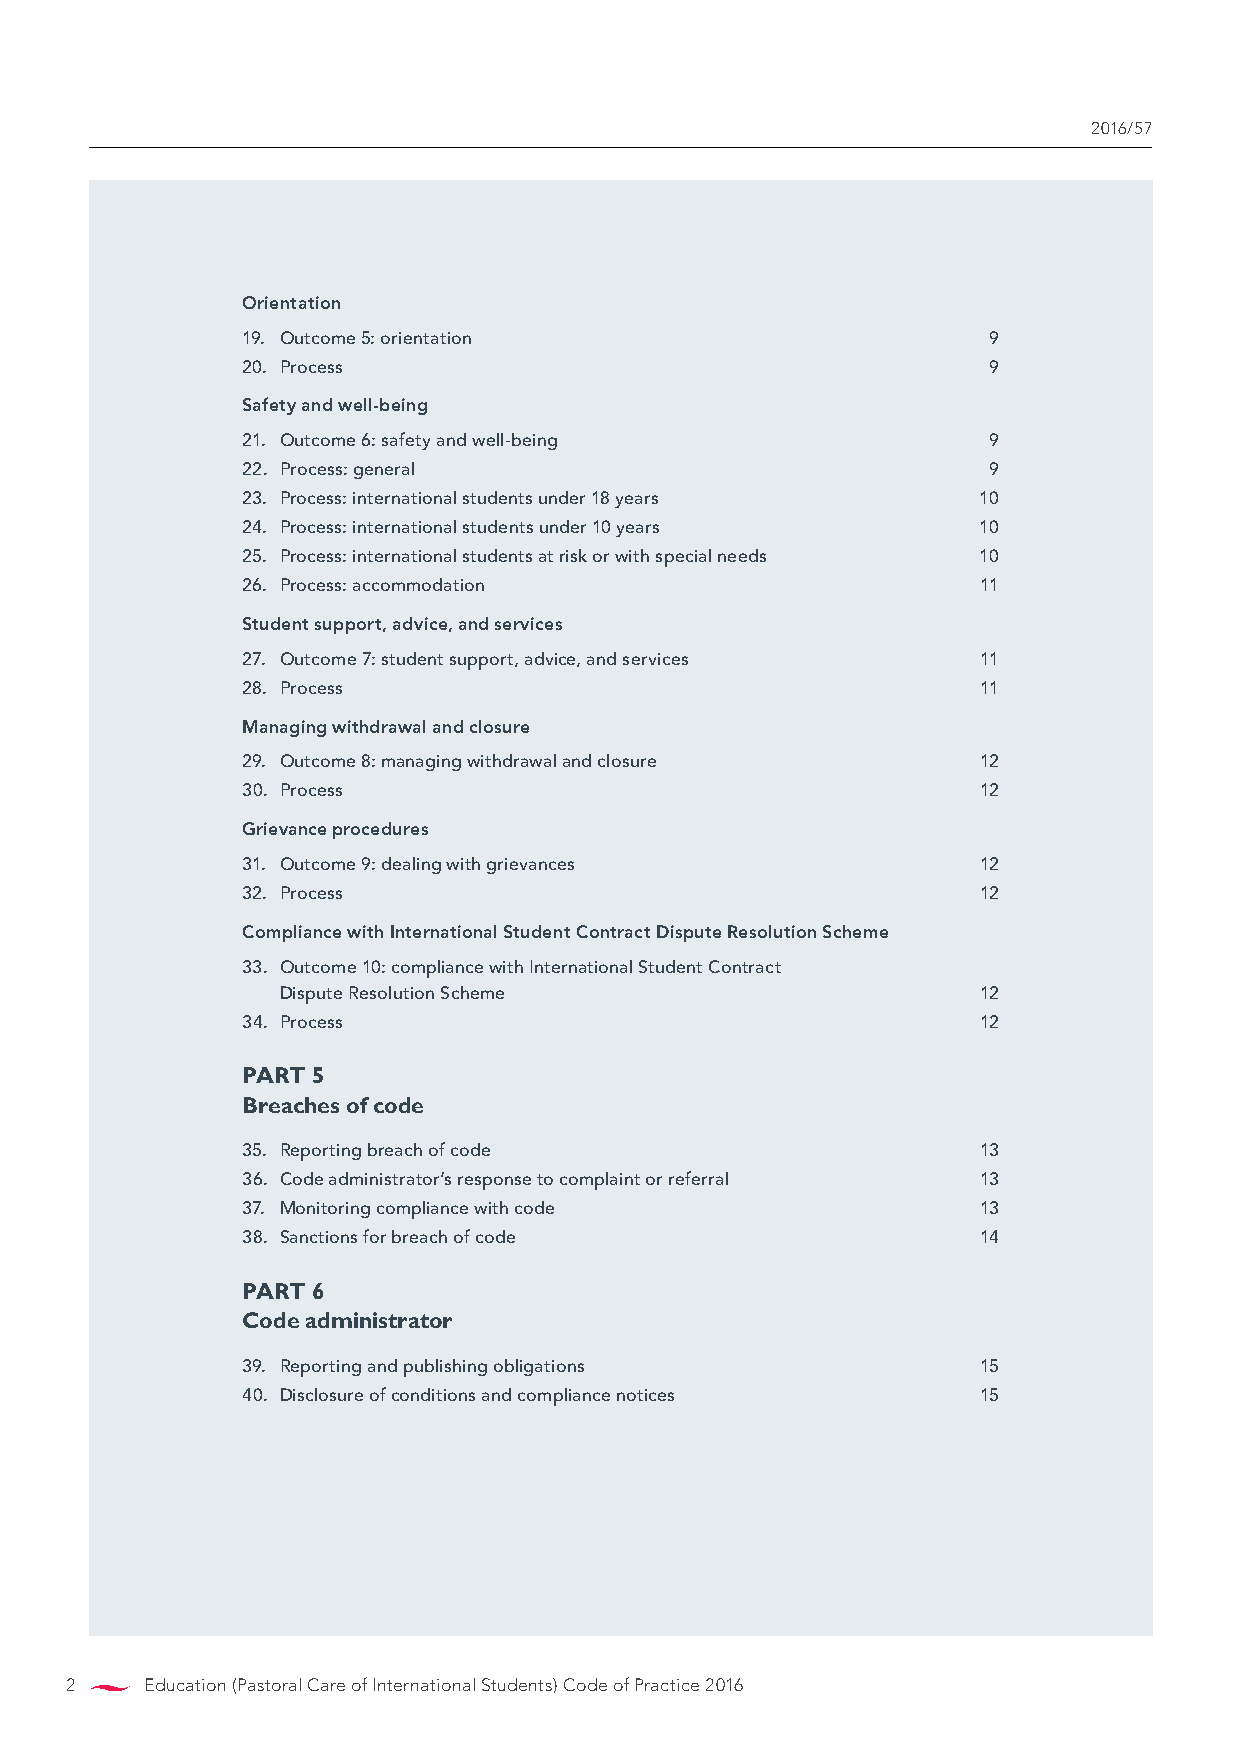
2016/57
 Orientation
 19. Outcome 5: orientation                       9
 20. Process                                      9
 Safety and well-being
 21. Outcome 6: safety and well-being             9
 22. Process: general                             9
 23. Process: international students under 18 years 10
 24. Process: international students under 10 years 10
 25. Process: international students at risk or with special needs 10
 26. Process: accommodation                       11
 Student support, advice, and services
 27. Outcome 7: student support, advice, and services 11
 28. Process                                      11
 Managing withdrawal and closure
 29. Outcome 8: managing withdrawal and closure   12
 30. Process                                      12
 Grievance procedures
 31. Outcome 9: dealing with grievances           12
 32. Process                                      12
 Compliance with International Student Contract Dispute Resolution Scheme
 33. Outcome 10: compliance with International Student Contract
 Dispute Resolution Scheme                     12
 34. Process                                      12
 PART 5
 Breaches of code
 35. Reporting breach of code                     13
 36. Code administrator’s response to complaint or referral 13
 37. Monitoring compliance with code              13
 38. Sanctions for breach of code                 14
 PART 6
 Code administrator
 39. Reporting and publishing obligations         15
 40. Disclosure of conditions and compliance notices 15
 2     Education (Pastoral Care of International Students) Code of Practice 2016